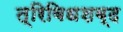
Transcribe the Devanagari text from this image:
त्रिविधशब्द